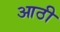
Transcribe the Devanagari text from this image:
आठी